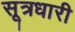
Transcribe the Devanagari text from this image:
सूत्रधारी